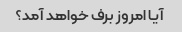
آیا امروز برف خواهد آمد؟